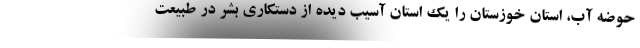
حوضه آب، استان خوزستان را یک استان آسیب دیده از دستکاری بشر در طبیعت